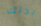
بذلك